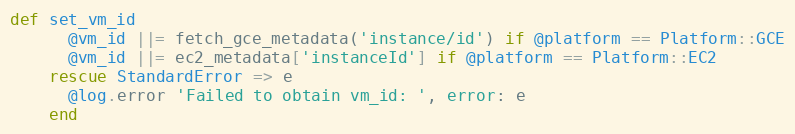
Language: Ruby
def set_vm_id
      @vm_id ||= fetch_gce_metadata('instance/id') if @platform == Platform::GCE
      @vm_id ||= ec2_metadata['instanceId'] if @platform == Platform::EC2
    rescue StandardError => e
      @log.error 'Failed to obtain vm_id: ', error: e
    end